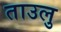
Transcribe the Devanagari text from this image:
ताउलु